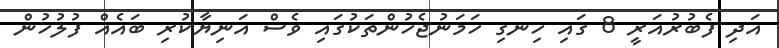
އަދި ފެބުރުއަރީ 8 ގައި ހިނގި ހަމަނުޖެހުންތަކުގައި ވެސް އަނިޔާކުރި ބައެއް ފުލުހުން